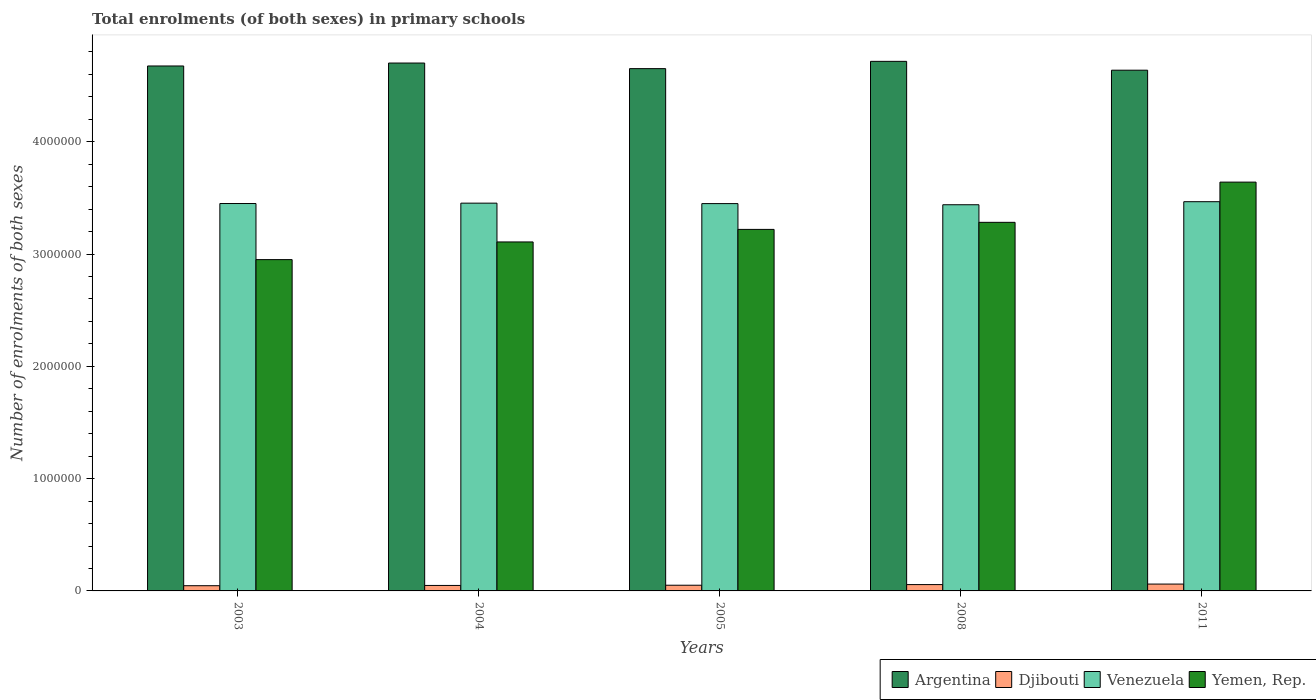
| Years | Argentina | Djibouti | Venezuela | Yemen, Rep. |
 | --- | --- | --- | --- | --- |
 | 2003 | 4.67e+06 | 4.64e+04 | 3.45e+06 | 2.95e+06 |
 | 2004 | 4.7e+06 | 4.87e+04 | 3.45e+06 | 3.11e+06 |
 | 2005 | 4.65e+06 | 5.07e+04 | 3.45e+06 | 3.22e+06 |
 | 2008 | 4.72e+06 | 5.64e+04 | 3.44e+06 | 3.28e+06 |
 | 2011 | 4.64e+06 | 6.1e+04 | 3.47e+06 | 3.64e+06 |